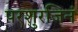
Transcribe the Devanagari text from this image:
परशुरजिनं